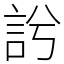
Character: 䚷